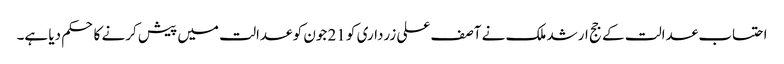
احتساب عدالت کے جج ارشد ملک نے آصف علی زرداری کو 21 جون کو عدالت میں پیش کرنے کا حکم دیا ہے۔